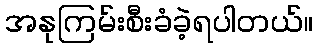
အနုကြမ်းစီးခံခဲ့ရပါတယ်။